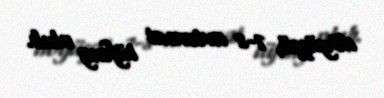
döyüşçü, 7-8 avtomat tüfəng olub.